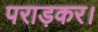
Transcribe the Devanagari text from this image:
पराड़कर।